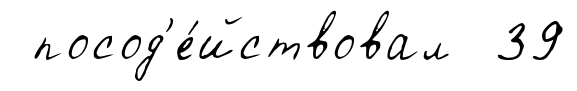
посод'е́йствовал 39